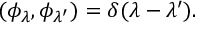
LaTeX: ( \phi _ { \lambda } , \phi _ { \lambda ^ { \prime } } ) = \delta ( \lambda - \lambda ^ { \prime } ) .